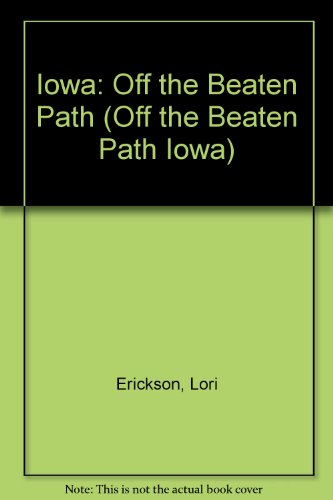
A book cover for Iowa: Off the Beaten Path (Off the Beaten Path Iowa); Lori Erickson; Travel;